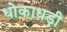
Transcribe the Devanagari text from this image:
धोकाधड़ी